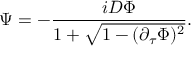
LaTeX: \Psi = - { \frac { i D \Phi } { 1 + \sqrt { 1 - ( \partial _ { \tau } \Phi ) ^ { 2 } } } } .